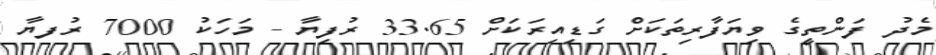
މެދު ފަންތީގެ ވިޔަފާރިތަކަށް ގަޑިއިރަކަށް 33.65 ރުފިޔާ - މަހަކު 7000 ރުފޔާ